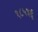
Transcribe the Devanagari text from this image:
१८५३ई